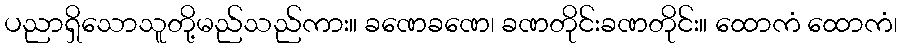
ပညာရှိသောသူတို့မည်သည်ကား။ ခဏေခဏေ၊ ခဏတိုင်းခဏတိုင်း။ ထောကံ ထောကံ၊